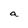
Character: a